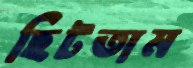
ছিটতাম